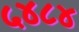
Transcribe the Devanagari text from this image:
५४८४